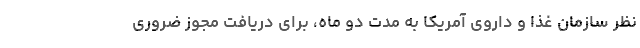
نظر سازمان غذا و داروی آمریکا به مدت دو ماه، برای دریافت مجوز ضروری